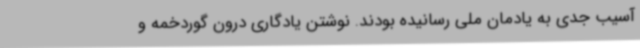
آسیب جدی به یادمان ملی رسانیده بودند. نوشتن یادگاری درون گوردخمه و